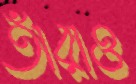
তাঁরাও